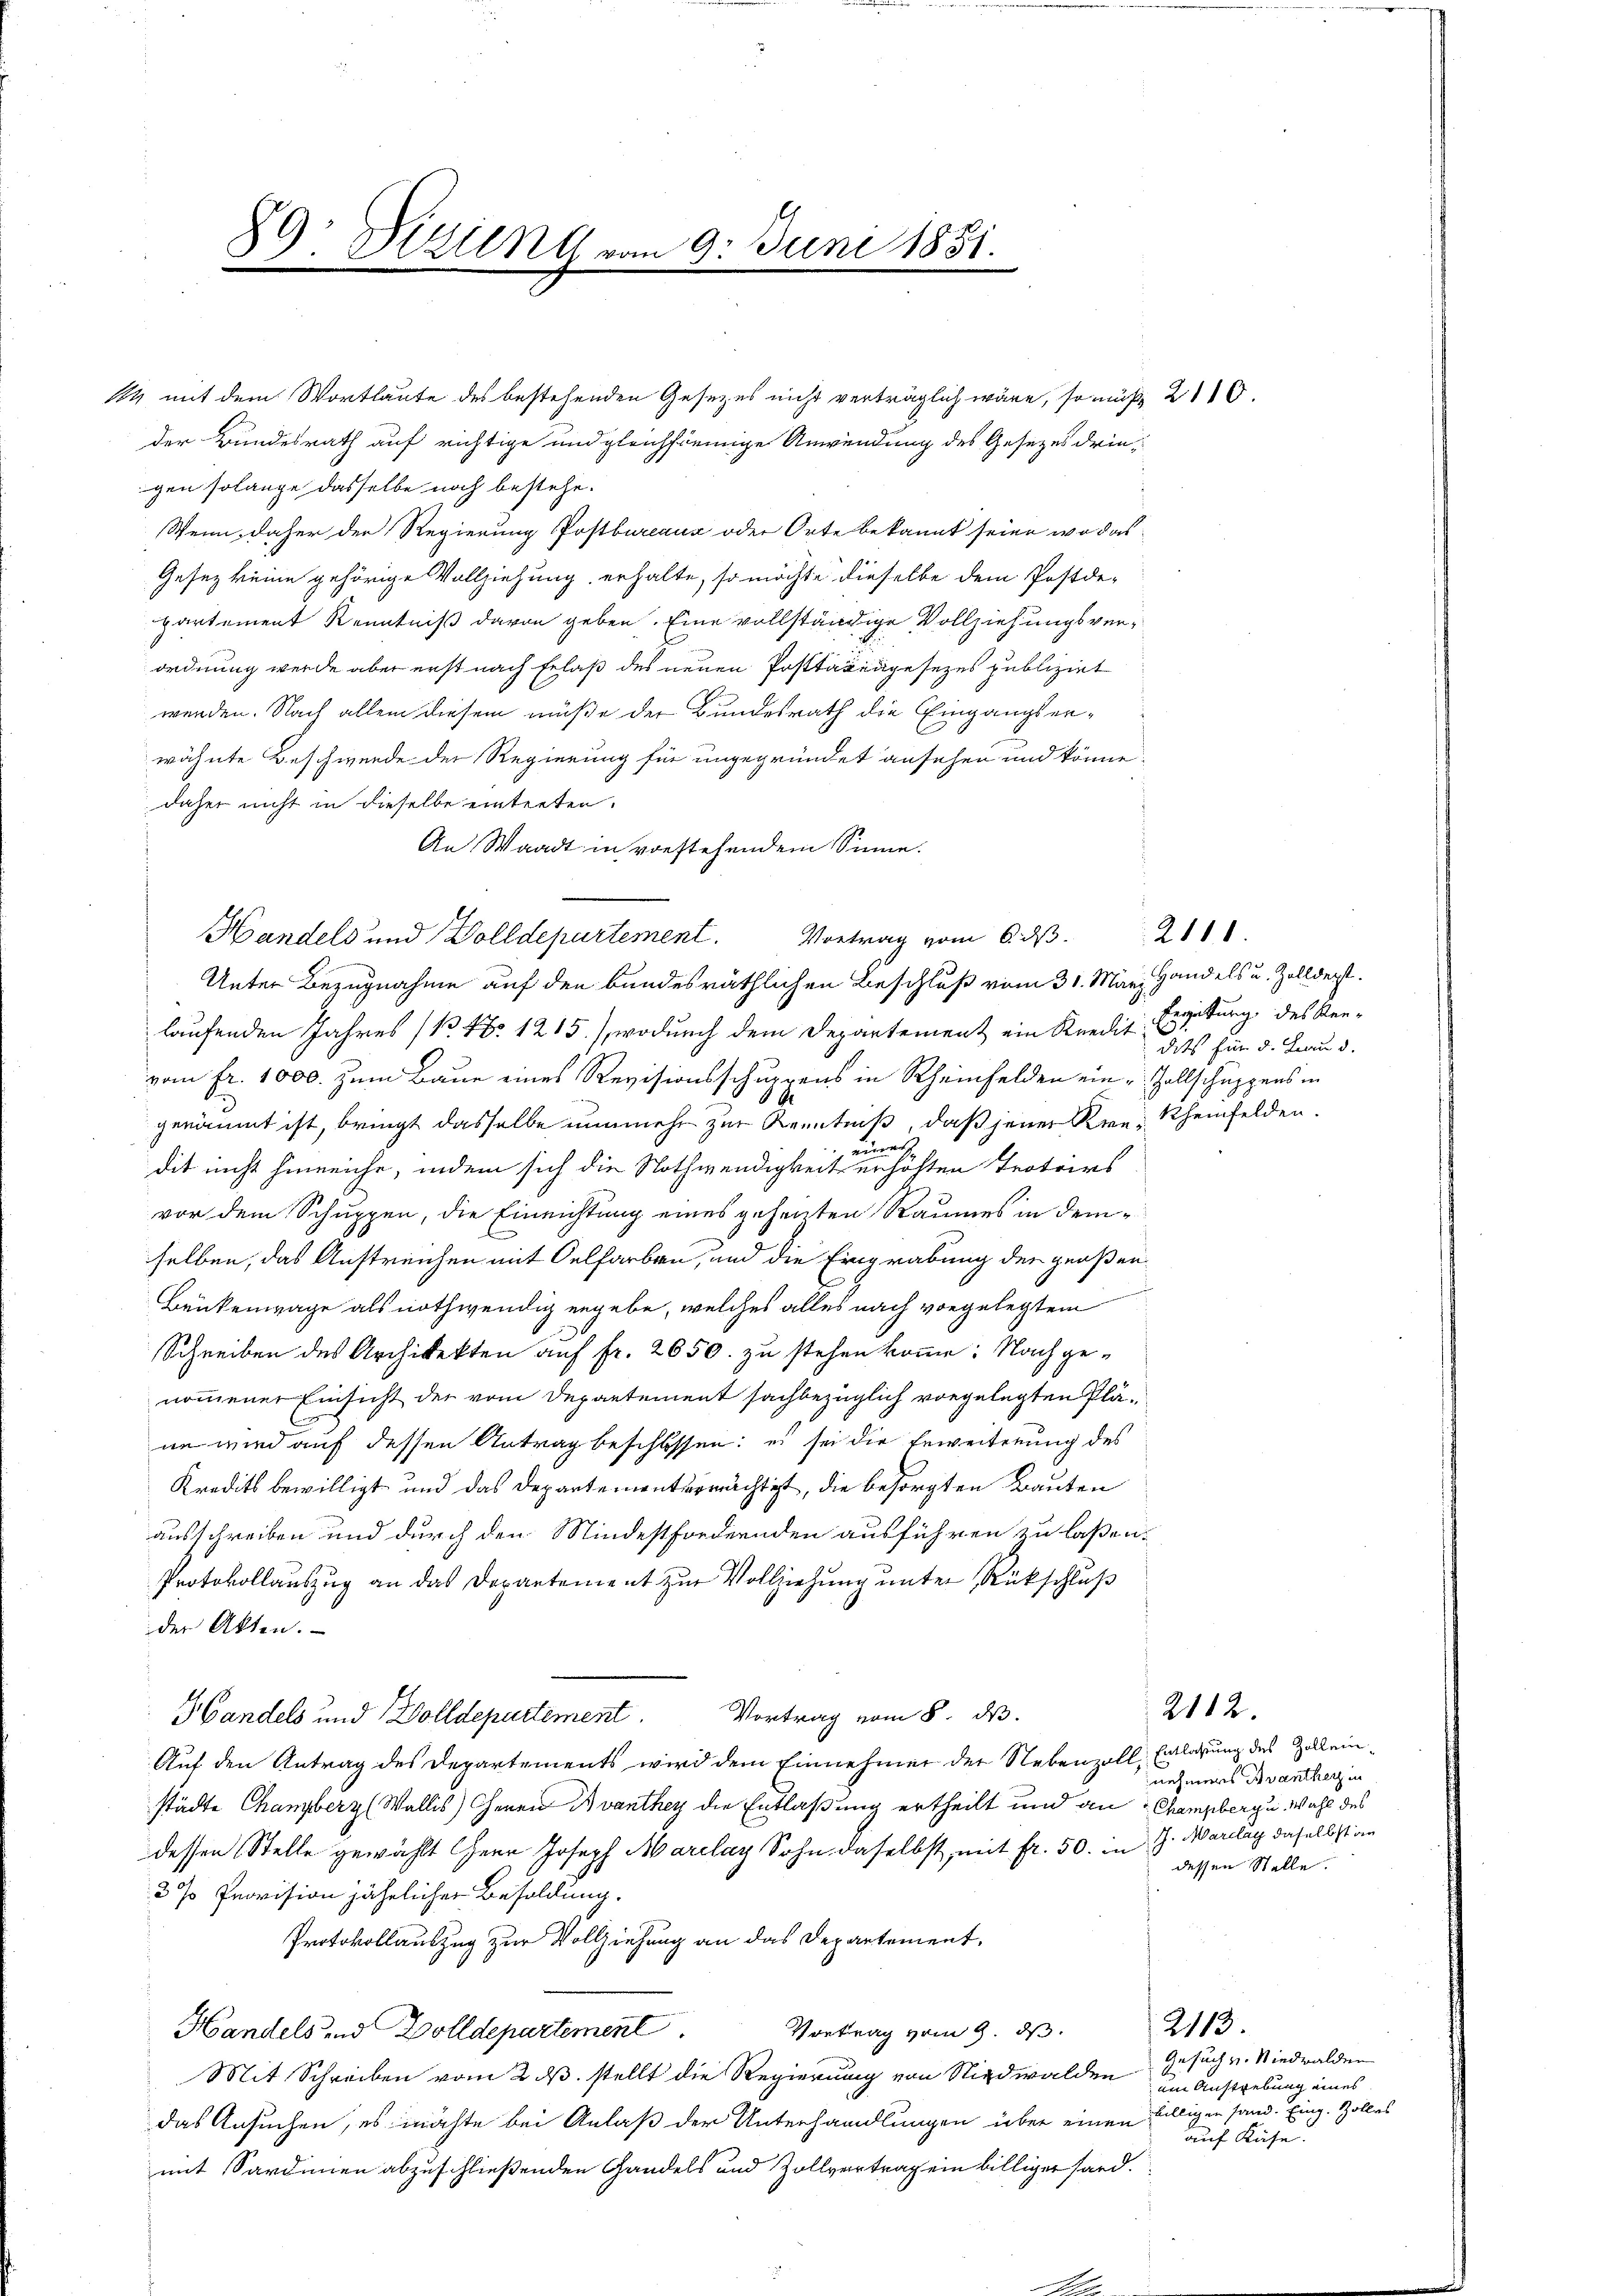
89. Stunder

Gesez keine gehörige Vollziehung erhalte, so möchte dieselbe dem Postdepartement Kenntniß davon geben. Eine vollständige Vollziehungsverordnung werde aber erst nach Erlaß des neuen Posttagengesetzes publizirt
werden. Nach allem diesem müße der Bundesrath die Eingangsenwähnte Beschwerde der Regierung für ungegründet ansehen und könne.
daher nicht in dieselbe eintreten.
An Waadt in vorstehendem Sinne.
Unter Bezugnahme auf den bundesräthlichen Beschluß vom 31. Mär, Handels u. Zollderst
laufenden Jahres (N. N. 1215), wodurch dem Departement ein Kredis Ergebung des ken-
vom fr. 1000. zum Baue eines Revisionsschuppens in Rheinfelden ein Zollschuppens in
geräumt ist, bringt dasselbe nunmehr zur Kenntniß, daß jener Kre- Rheinfelden.
rinner
dit nicht hinreiche, indem sich die Nothwendigkeit erhöhten Trotoirs
vor dem Schuppen, die Einrichtung eines gehenten Raumes in demselben, das Anstreichen mit Oelfarben, und die Eingrabung der großen
Brükenwage als nothwendig ergebe, welches alles nach vorgelegtem
Schreiben des Architekten auf fr. 2650. zu stehen komme: Nachgenommener Einsicht der vom Departement sachbezüglich vorgelegten Pläne wird auf dessen Antrag beschlossen: es sei die Erweiterung des
Kredits bewilligt und das Departementermächtigt, die besorgten Bauten
ausschreiben und durch den Mindestfordernden ausführen zu laßen.
Protokollauszug an das Departement zur Vollziehung unter Rückschluß
der Akten.
Handels und Wolldepartement. Vortrag vom 8. d.
Auf den Antrag des Departements wird dem Einnehmer der Nebenzoll, Entlassung des Zelleinstädte Chanzberg (Wallis) Gener Avanthey die Entlaßung ertheilt und an Champbergu Wahl des
dessen Stelle gewählt Herr Joseph Marclaz Sohn daselbst, mit fr. 50. in J. Marilay daselbst an
3 % Provision jährlicher Besoldung.
Protokollauszug zur Vollziehung an das Departement,
Handels und Zolldepartement
Vortrag vom 9. ds.
Mit Schreiben vom 2. ds. stellt die Regierung von Nidwalden
das Ansuchen, es möchte bei Anlaß der Unterhandlungen über einen Billigen sand. Eing. Zolles
mit Sardinen abzuschließenden Handels und Zollvertrag ein billiger fand.

14 mit dem Wortlaute des bestehenden Gesetzes nicht verträglich wäre, so müß 2110.
der Bundesrath auf richtige und gleichfiemige Anwendung des Gesetzes dringen solange dasselbe noch bestehe.
Wenn daher der Regierung Postbureau oder Orte bekannt seine, wo das

Handels und Dolldepartement. Vortrag vom 6. ds                    21

9. Juni 1851.

dits für d. Frau d.

2112.

nehmens Avantherz in
dessen Stelle.

2113.
Gesuch v. Nidwalden
am Austrebung eines
auf Kühe.